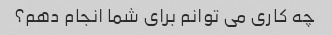
چه کاری می توانم برای شما انجام دهم؟